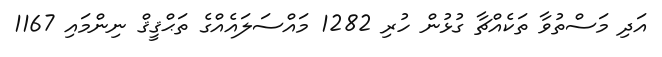
އަދި މަސްތުވާ ތަކެއްޗާ ގުޅުން ހުރި 1282 މައްސަލައެއްގެ ތަޙްޤީޤް ނިންމައި 1167